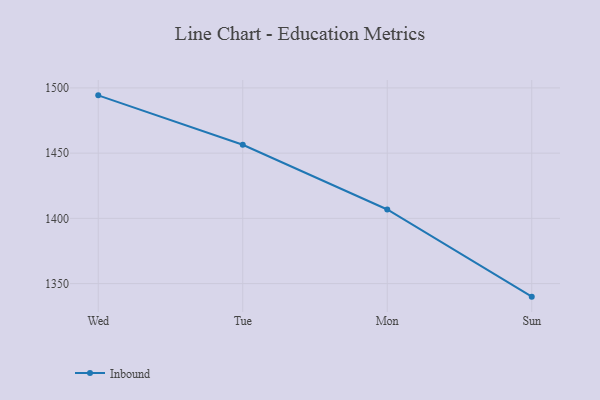
{"axis": {"x": "Day", "y": "Production Output"}, "legend": ["Inbound"], "data": [{"x": "Wed", "y": 1494.3, "type": "Inbound"}, {"x": "Tue", "y": 1456.4, "type": "Inbound"}, {"x": "Mon", "y": 1406.8, "type": "Inbound"}, {"x": "Sun", "y": 1340.0, "type": "Inbound"}]}